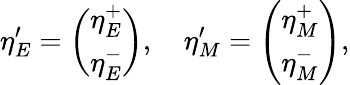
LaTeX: \eta_{E}^{\prime}=\left(\begin{array}{c}{{\eta_{E}^{+}}}\\ {{\eta_{E}^{-}}}\end{array}\right),\quad\eta_{M}^{\prime}=\left(\begin{array}{c}{{\eta_{M}^{+}}}\\ {{\eta_{M}^{-}}}\end{array}\right),